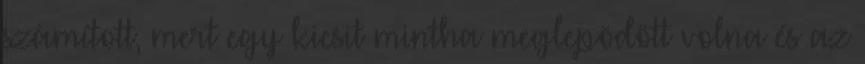
számított, mert egy kicsit mintha meglepõdött volna és az